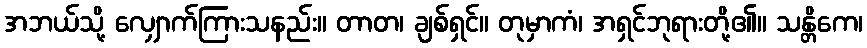
အဘယ်သို့ လျှောက်ကြားသနည်း။ တာတ၊ ချစ်ရှင်။ တုမှာကံ၊ အရှင်ဘုရားတို့၏။ သန္တိကေ၊